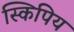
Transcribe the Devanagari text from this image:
स्किपिय